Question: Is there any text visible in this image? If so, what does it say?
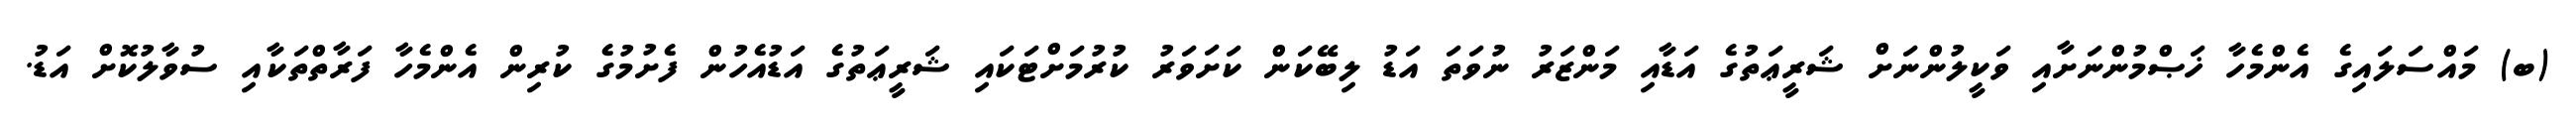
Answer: (ބ) މައްސަލައިގެ އެންމެހާ ޚަޞްމުންނަށާއި ވަކީލުންނަށް ޝަރީޢަތުގެ އަޑާއި މަންޒަރު ނުވަތަ އަޑު ލިބޭކަން ކަށަވަރު ކުރުމަށްޓަކައި ޝަރީޢަތުގެ އަޑުއެހުން ފެށުމުގެ ކުރިން އެންމެހާ ފަރާތްތަކާއި ސުވާލުކޮށް އަޑު.